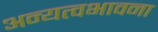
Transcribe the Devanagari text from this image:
अन्यत्वभावना